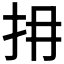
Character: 𢪈